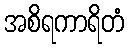
အစိရကာရိတံ